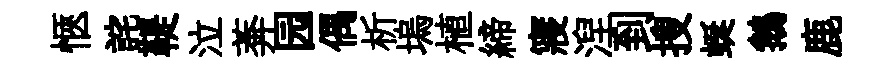
愜詫鞮泣莾园偶析塢植締寢湼到搜蜒鵝鹿